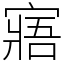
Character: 寤